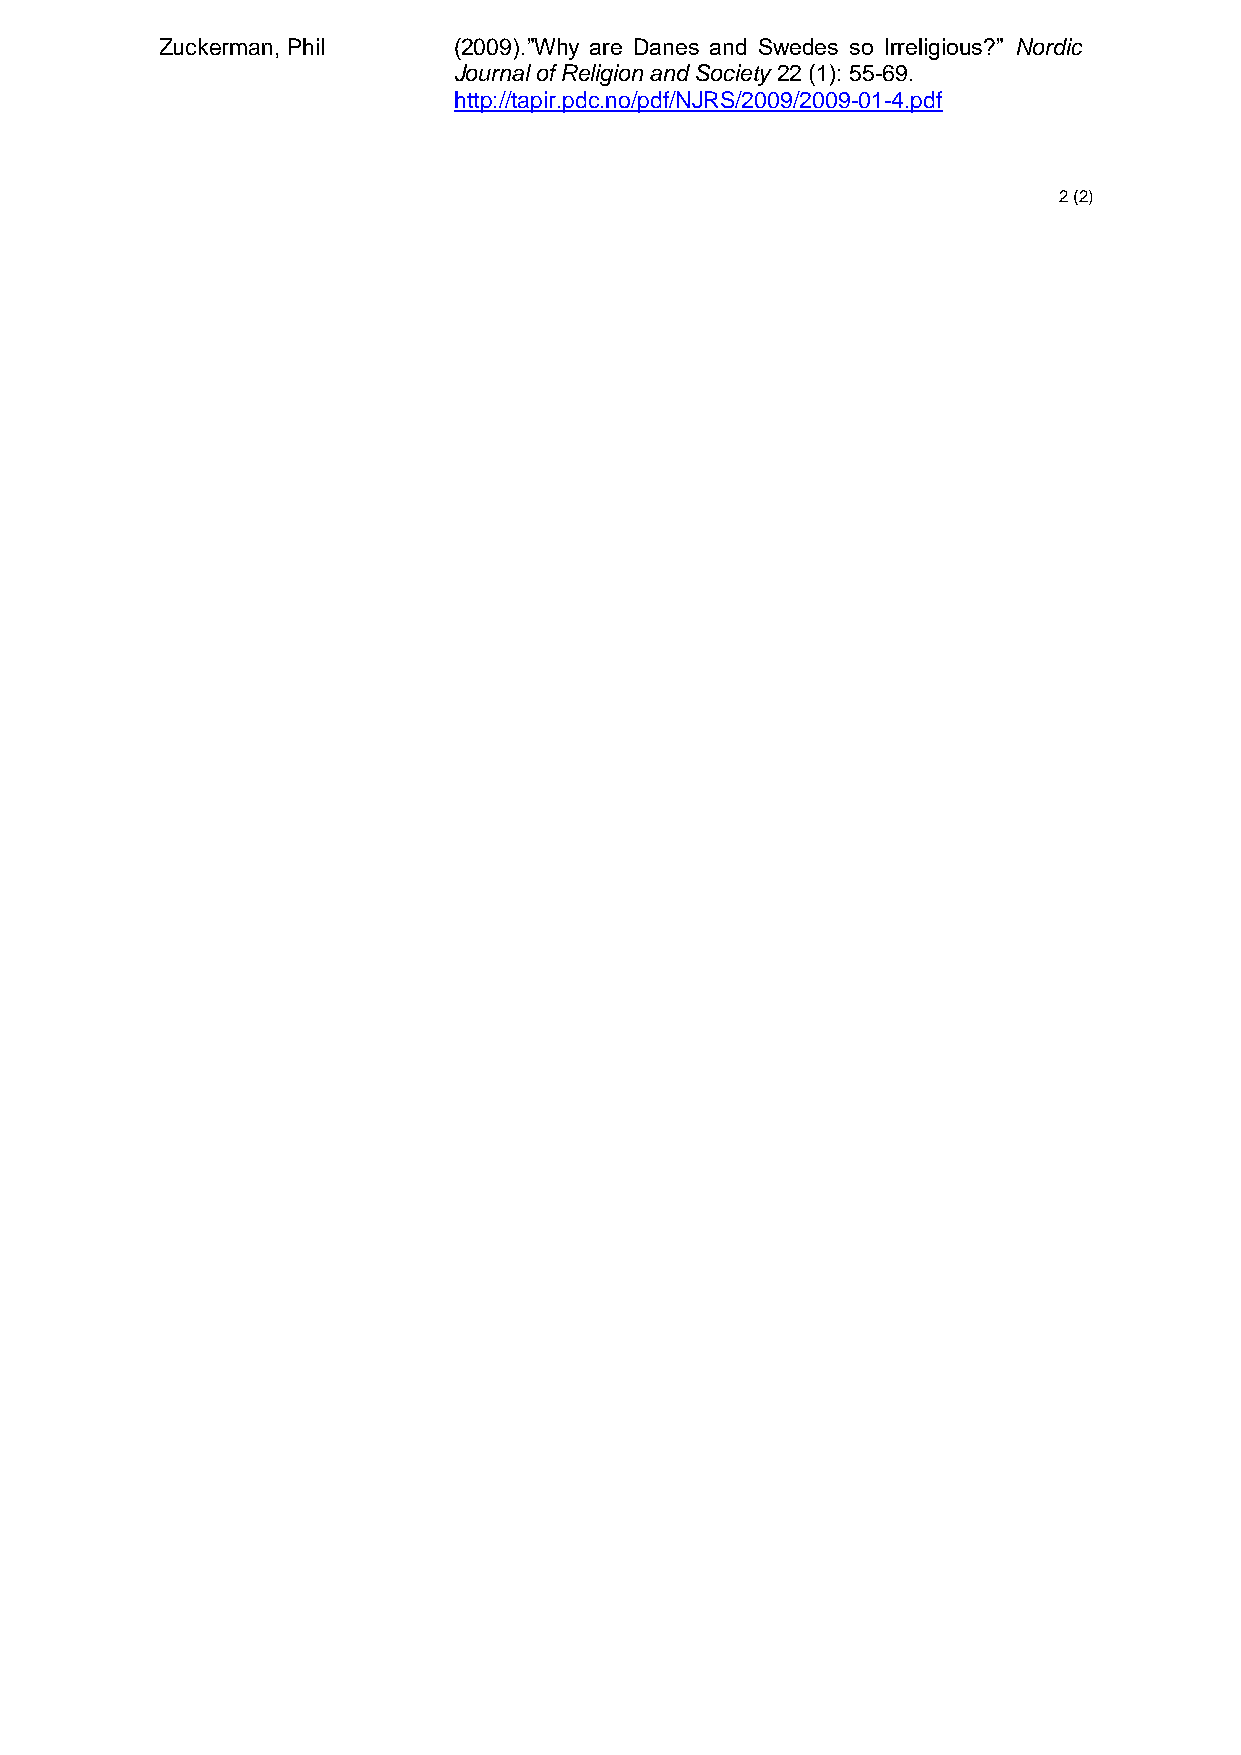
Zuckerman, Phil    (2009).”Why are Danes and Swedes so Irreligious?” Nordic
 Journal of Religion and Society 22 (1): 55-69.
 http://tapir.pdc.no/pdf/NJRS/2009/2009-01-4.pdf
 2 (2)